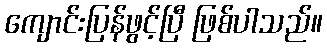
ကျောင်းပြန်ဖွင့်ပြီ ဖြစ်ပါသည်။